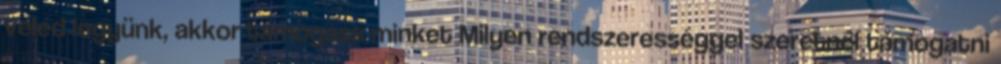
veled legyünk, akkor támogass minket Milyen rendszerességgel szeretnél támogatni